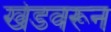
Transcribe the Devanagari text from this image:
खेडवरून